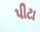
પીટા